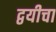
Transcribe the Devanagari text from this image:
द्वयीचा